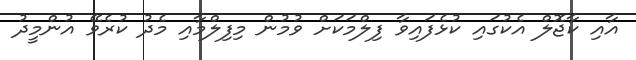
އާއި ކާޖޮލް އެކުގައި ކުޅެފައިވާ ފިލްމަކަށް ވުމުން މިފިލްމާއި މެދު ކުރެވޭ އުންމީދު